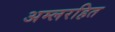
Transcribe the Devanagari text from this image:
अम्लरहित